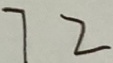
7 2